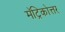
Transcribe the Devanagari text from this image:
मॅट्रिकोत्तर